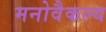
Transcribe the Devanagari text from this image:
मनोवैकल्य